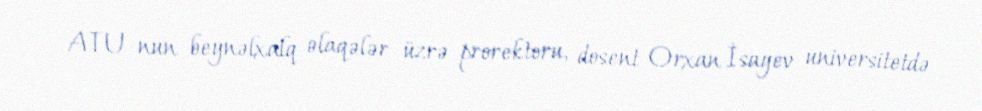
ATU-nun beynəlxalq əlaqələr üzrə prorektoru, dosent Orxan İsayev universitetdə